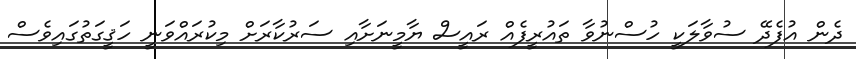
ދެން އުފެދޭ ސުވާލަކީ ހުސްނުވާ ތައުރީފެއް ރައީސް ޔާމީނަށާއި ސަރުކާރަށް މިކުރައްވަނީ ހަޤީގަތުގައިވެސް